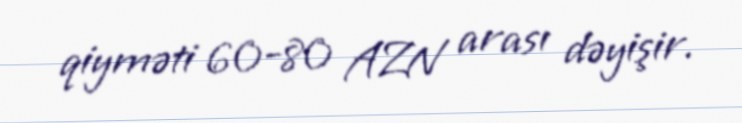
qiyməti 60-80 AZN arası dəyişir.